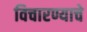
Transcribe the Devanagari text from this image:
विचारण्याचे